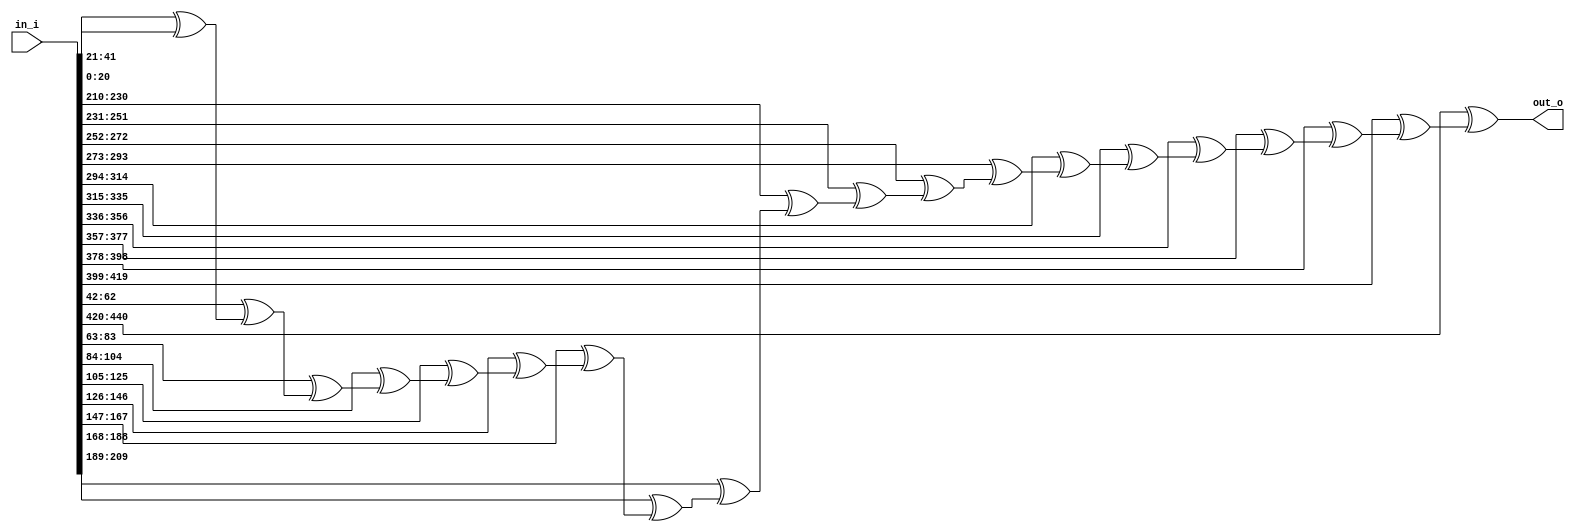
// This program was cloned from: https://github.com/IObundle/iob-soc
// License: MIT License

`timescale 1ns / 1ps


module iob_xor
  #(
    parameter W = 21,
    parameter N = 21
) (
   input [N*W-1:0] in_i,
   output [W-1:0]  out_o
);

   wire [N*W-1:0] xor_vec;
   
   assign xor_vec[0 +: W] = in_i[0 +: W];
   
   genvar i;
   generate
      for (i = 1; i < N; i = i + 1) begin : gen_mux
         assign xor_vec[i*W +: W] = in_i[i*W +: W] ^ xor_vec[(i-1)*W +: W];
      end
   endgenerate

   assign out_o = xor_vec[(N-1)*W +: W];

endmodule